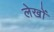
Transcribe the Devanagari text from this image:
लेखोंं